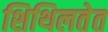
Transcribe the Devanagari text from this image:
शिथिलतेत